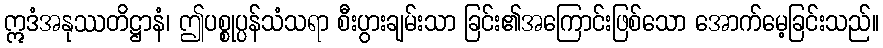
ဣဒံအနုဿတိဋ္ဌာနံ၊ ဤပစ္စုပ္ပန်သံသရာ စီးပွားချမ်းသာ ခြင်း၏အကြောင်းဖြစ်သော အောက်မေ့ခြင်းသည်။